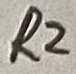
Text: R2